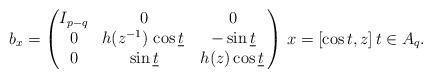
LaTeX: \begin{align*}b_{x} = \begin{pmatrix} I_{p-q}&0&0\\0 & h(z^{-1})\,\cos\underline t\,&-\sin\underline t \\0 & \sin\underline t & h(z)\cos \underline t\,\end{pmatrix} \,x= [\cos t, z] \, t\in A_q.\end{align*}